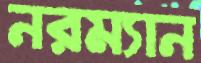
নরম্যান